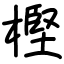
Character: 樫